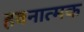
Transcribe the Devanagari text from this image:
हवनात्मक